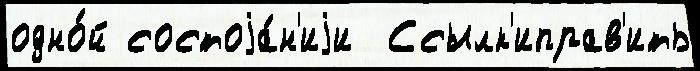
одно́й состоjа́н'иjи  Ссылк'иправ'ить